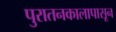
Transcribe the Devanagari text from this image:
पुरातनकालापासून